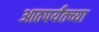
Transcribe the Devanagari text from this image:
आठपर्यंतच्या